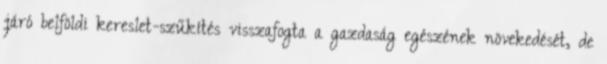
járó belföldi kereslet-szűkítés visszafogta a gazdaság egészének növekedését, de